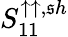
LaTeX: S_{11}^{\uparrow\uparrow,\mathfrak{s}h}